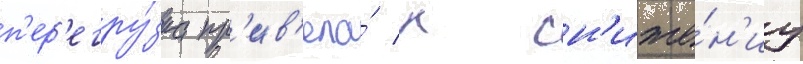
п'ер'егру́зка пр'ив'ела́ к сн'иже́н'иу